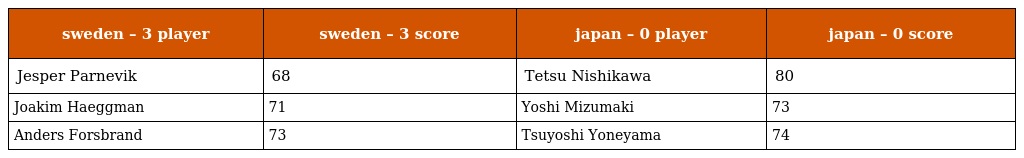
| sweden – 3 player | sweden – 3 score | japan – 0 player | japan – 0 score |
 | --- | --- | --- | --- |
 | Jesper Parnevik | 68 | Tetsu Nishikawa | 80 |
 | Joakim Haeggman | 71 | Yoshi Mizumaki | 73 |
 | Anders Forsbrand | 73 | Tsuyoshi Yoneyama | 74 |